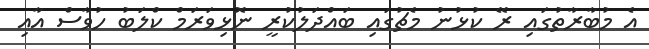
އެ މުބާރާތުގައި ރޭ ކުޅުނު މެޗުގައި ބައްދަލުކުރީ ނޮޅިވަރަމް ކްލަބު ހުވާސް އާއި